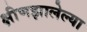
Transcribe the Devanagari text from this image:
क्षीणझालेल्या